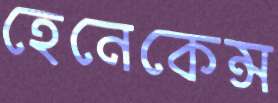
হেনেকেন্স